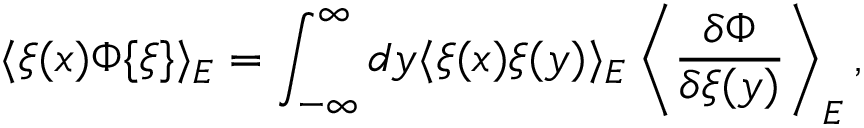
\langle \xi ( x ) \Phi \{ \xi \} \rangle _ { E } = \int _ { - \infty } ^ { \infty } d y \langle \xi ( x ) \xi ( y ) \rangle _ { E } \left\langle \frac { \delta \Phi } { \delta \xi ( y ) } \right\rangle _ { E } ,